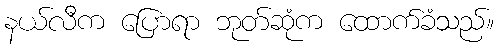
နယ်လီက ပြောရာ ဘုတ်ဆုံက ထောက်ခံသည်။